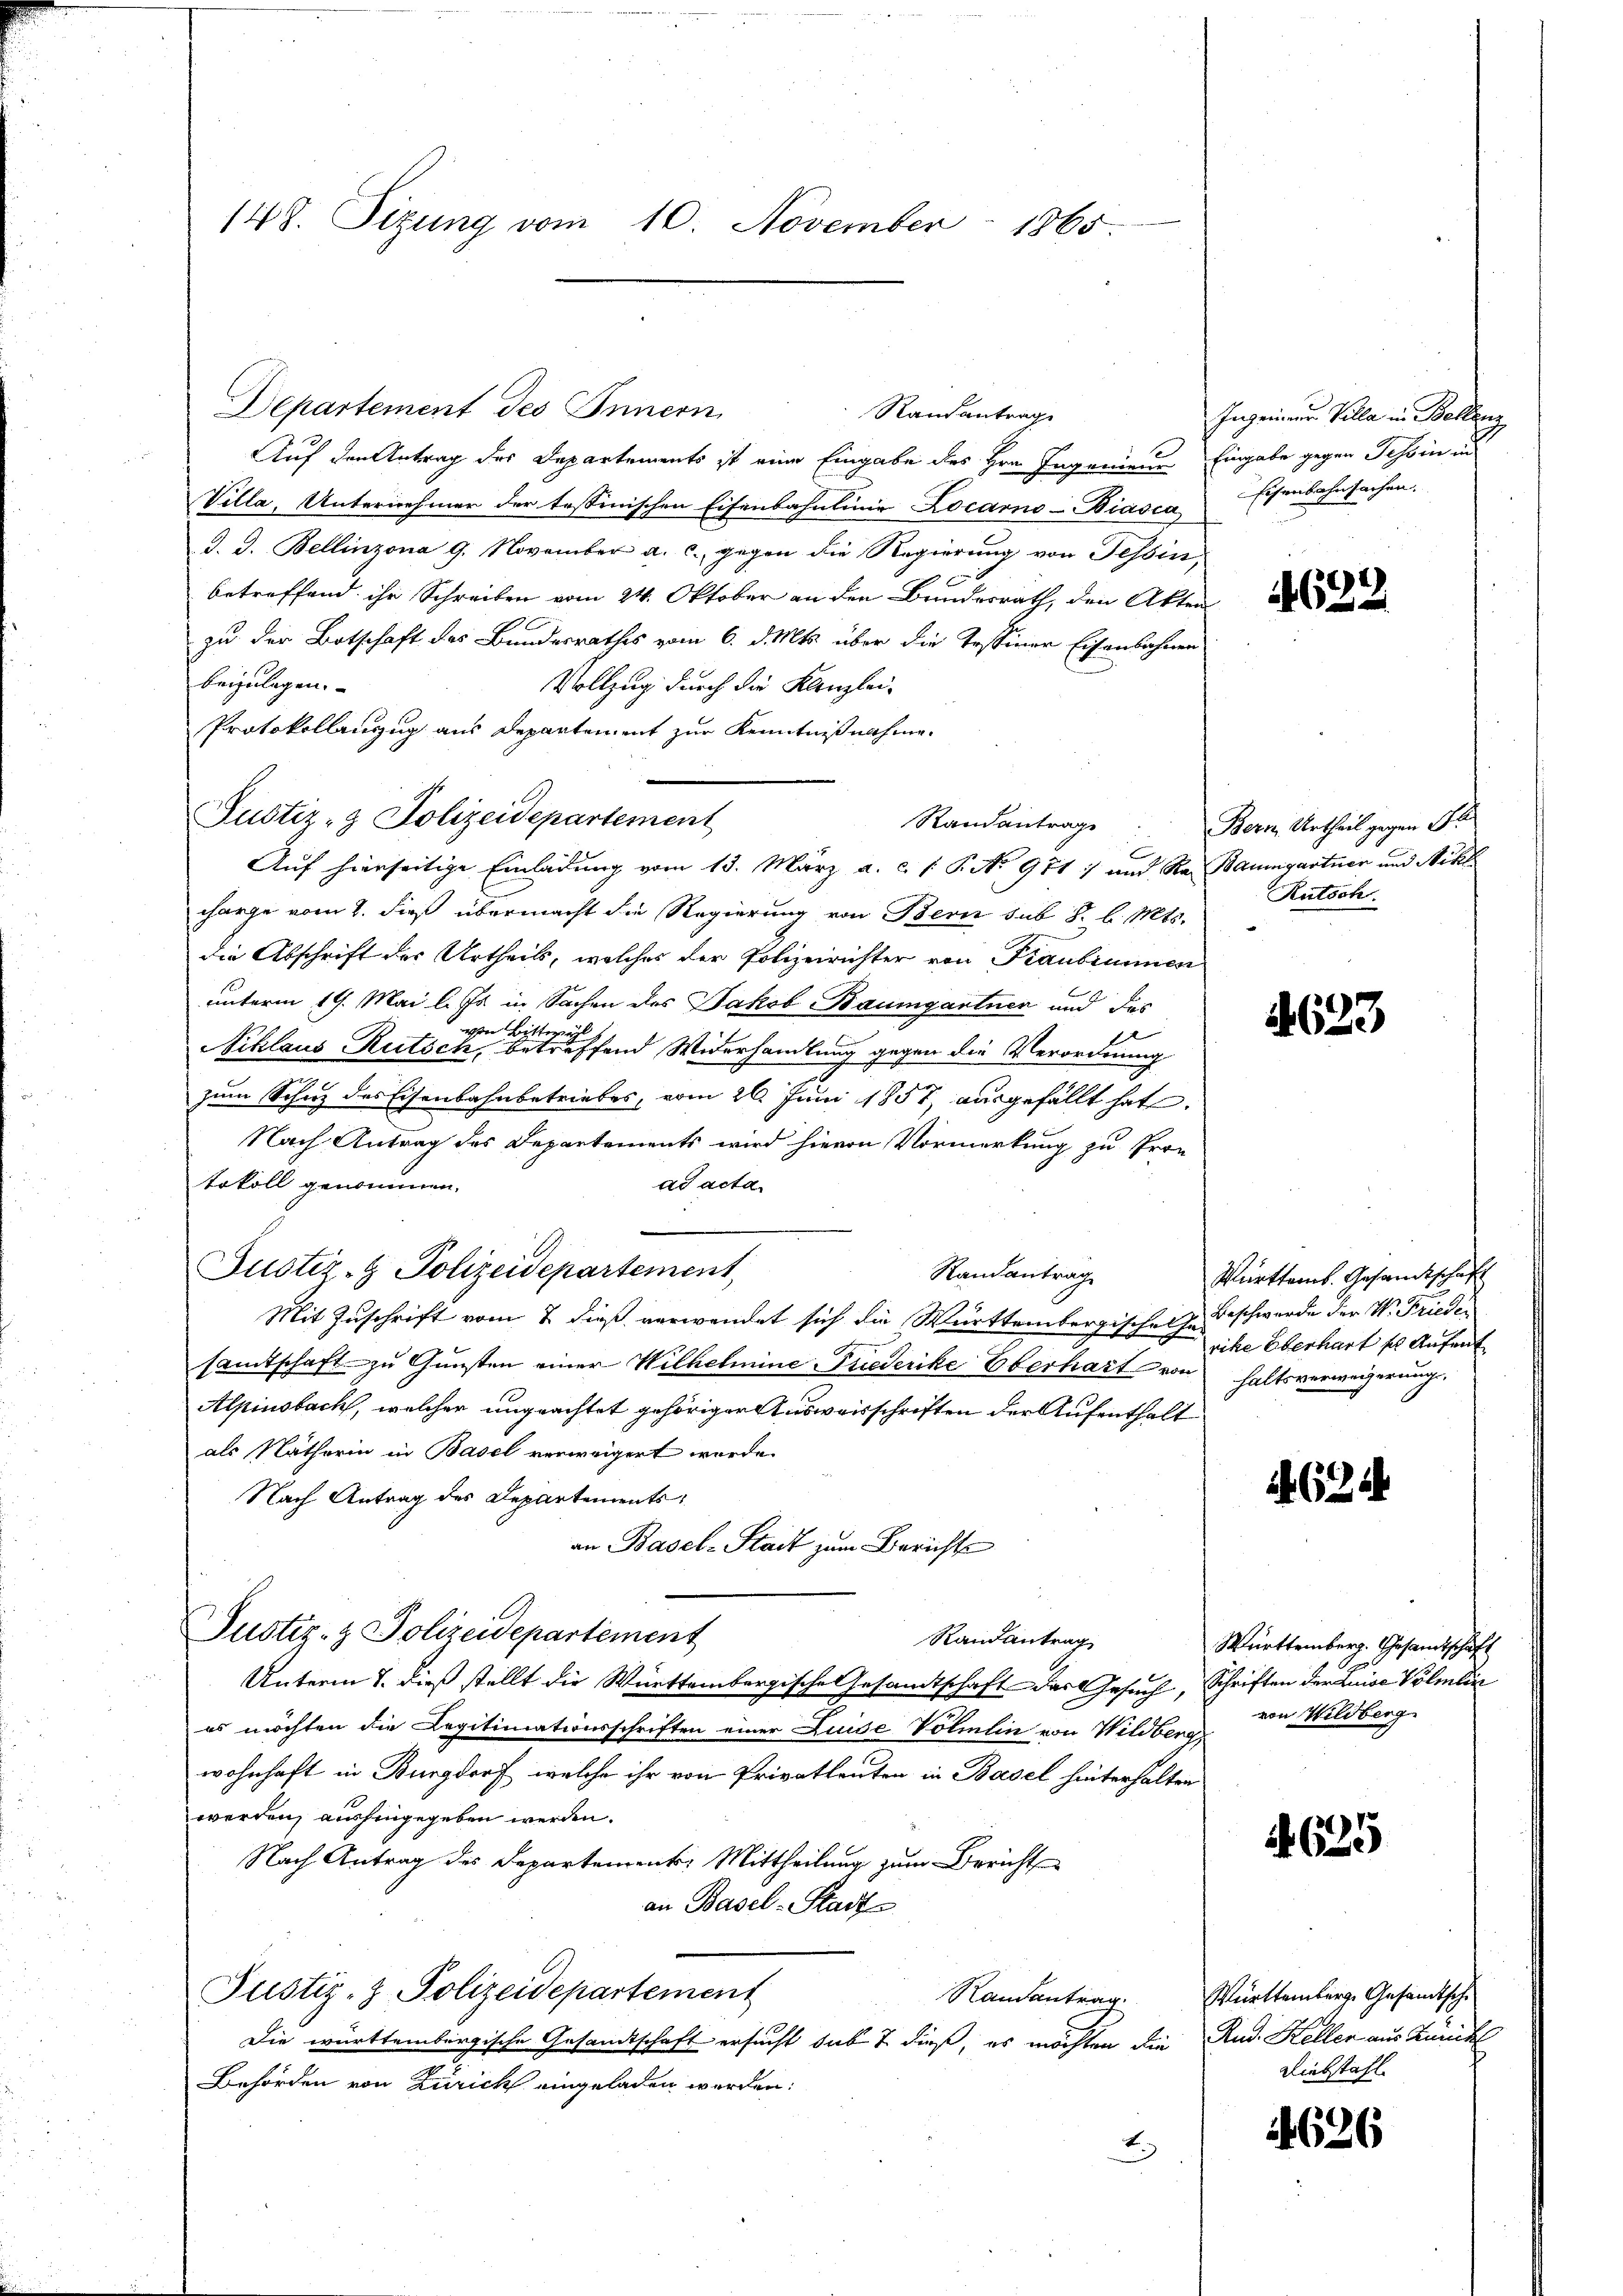
148. Sizung vom 10. November 1865.

Departement des Innern
Randantrage
Auf den Antrag des Departements ist eine Eingabe des Hrn. Ingenieur Eingabe gegen Tessin in
Villa, Unternehmer der tessinischen Eisenbahnlinie Locarno-Biasca Eisenbahnsachen.
J. J. Bellinzona 9. November a. c. gegen die Regierung von Tessin,
betreffend ihr Schreiben vom 24. Oktober an den Bundesrath, den Akten
0
zu der Botschaft des Bundesrathes vom 6. d. Mts. über die Tessiner Eisenbahnen
beizulagen.
Vollzug durch die Kanzlei-
Protokollenzug aus Departement zur Kenntnißnahme.
Justiz- & Polizeidepartement
Auf hierseitige Einladung vom 13. März a. c. 1 P. No 971 und Ra Baumgartner und Nikl.
charge vom 8. dieß übermacht die Regierung von Bern sub 8. l. Mts.
die Abschrift des Urtheils, welches der Polizeirichter von Fraubimmen
unterm 19. Mai l. Js in Sachen des Jakob Baumgartner und das
von Bitte
Niklaus Rutsch, betreffend Widerhandlung gegen die Verordnung
zum Schuz des Eisenbahnbetriebes, vom 26. Juni 1857 ausgefällt hat.
Nach Antrag des Departements wird hievon Vormerkung zu Protokoll genommen.
ad acta.
Randantrag
Mit Zuschrift vom 7. dieß verwendet sich die Württembergischen zu Beschwerde der W. Friedisamtschaft zu Gunsten einer Wilhelmine Friederike Eberhart von haltsverweigerung.
Alpinsbach, welcher ungeachtet gehöriger Ausweisschriften der Aufenthalt
als Nätherin in Basel verweigert wurde.
Nach Antrag des Departements
an Basel-Stadt zum Berichts
Justiz- & Polizeidepartement
Randantrag
Unterm 7. dieß stellt die Württembergische Gesandtschaft der Gesuch, Schriften der Luise Volmlin
es möchten die Legitimationsschriften einer Luise Volmlin von Wildberg,
wohnhaft in Burgdorf, welche ihr von Privatleuten in Basel hinterhalten
werden, aushingegeben werden.
Nach Antrag des Departement, Mittheilung zum Berichten
an Basel-Stadt
Justiz- & Polizeidepartement
Ramantrag. Württemberg. Gesandtsche
Die württembergische Gesandtschaft ersucht sub 7 dieß, es möchten die Rud. Keller aus Kunkl
Behörden von Zürich eingeladen werden.

Justiz- & Polizeidepartement

Ingenieur Villa in Bellenz

Randantrage Bern Urtheil gegen Pl

4632

Rutsch.

4623

Württems. Gesandtschaft
rike Oberhart s. Aufent

1634

Württemberg. Gesamtschaft
von Wildberg

625

Liebstahl

4626